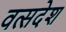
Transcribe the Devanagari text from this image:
वत्सदेश